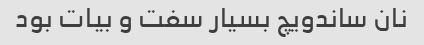
نان ساندویچ بسیار سفت و بیات بود